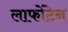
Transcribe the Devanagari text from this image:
लाफोंटेन